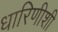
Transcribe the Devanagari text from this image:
धारिणीशी